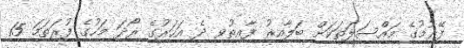
ފޭރުމުގެ މައްސަލަތަކަށް ބަލާއިރު ފާއިތުވި ދެ އަހަރުގެ ރޯދަ މަހުގެ ފުރަތަމަ 15